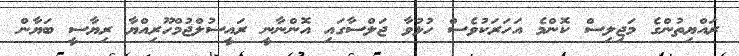
ރައްޔިތުންގެ މަޖިލިސް ކޮންމެ އަހަރަކުވެސް ހުޅުވާ ޖަލްސާގައި އޮންނާނީ ރައީސުލްޖުމްހޫރިއްޔާ ރިޔާސީ ބަޔާން